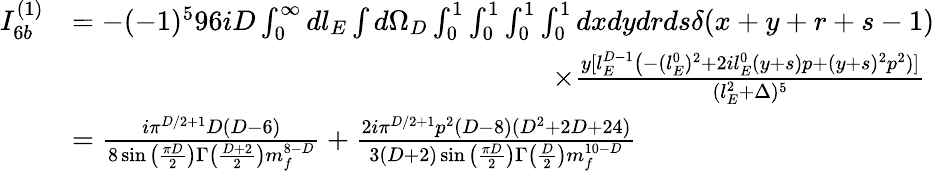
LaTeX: \begin{array}{rl}{I_{6b}^{(1)}}&{=-(-1)^{5}96iD\int_{0}^{\infty}dl_{E}\int d\Omega_{D}\int_{0}^{1}\int_{0}^{1}\int_{0}^{1}\int_{0}^{1}dxdydrds\delta(x+y+r+s-1)}\\ &{\quad\quad\quad\quad\quad\quad\quad\quad\quad\quad\quad\quad\quad\quad\quad\quad\quad\times\frac{y[l_{E}^{D-1}\big(-(l_{E}^{0})^{2}+2il_{E}^{0}(y+s)p+(y+s)^{2}p^{2})]}{(l_{E}^{2}+\Delta)^{5}}}\\ &{=\frac{i\pi^{D/2+1}D(D-6)}{8\sin\big(\frac{\pi D}{2}\big)\Gamma\big(\frac{D+2}{2}\big)m_{f}^{8-D}}+\frac{2i\pi^{D/2+1}p^{2}(D-8)(D^{2}+2D+24)}{3(D+2)\sin\big(\frac{\pi D}{2}\big)\Gamma\big(\frac{D}{2}\big)m_{f}^{10-D}}}\end{array}